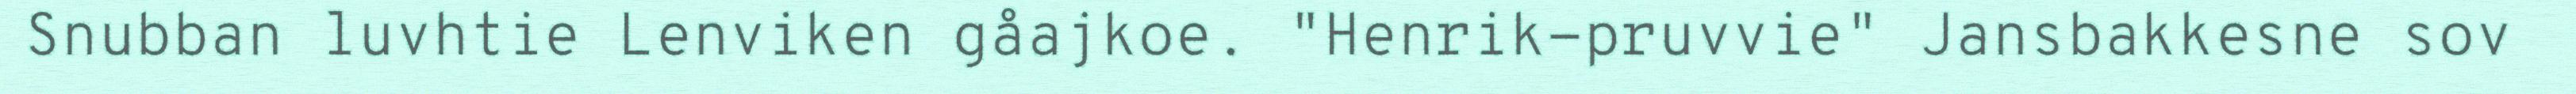
Snubban luvhtie Lenviken gåajkoe. "Henrik-pruvvie" Jansbakkesne sov